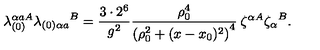
\lambda _ { ( 0 ) } ^ { \alpha a A } { \lambda _ { ( 0 ) \alpha a } } ^ { B } = \frac { 3 \cdot 2 ^ { 6 } } { g ^ { 2 } } \frac { \rho _ { 0 } ^ { 4 } } { \left( \rho _ { 0 } ^ { 2 } + ( x - x _ { 0 } ) ^ { 2 } \right) ^ { 4 } } \: \zeta ^ { \alpha A } { \zeta _ { \alpha } } ^ { B } .